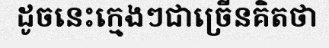
ដូចនេះក្មេងៗជាច្រើនគិតថា